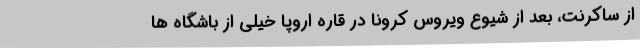
از ساکرنت، بعد از شیوع ویروس کرونا در قاره اروپا خیلی از باشگاه ها